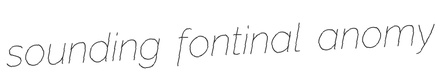
sounding fontinal anomy